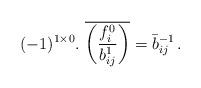
LaTeX: \begin{align*} (-1)^{1 \times 0}.~\overline{\bigg(\frac{f_i^0}{b_{ij}^1}\bigg)} = \bar{b}_{ij}^{-1}\,.\end{align*}